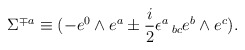
\begin{align*}\Sigma^{{\mp}a} \equiv (-e^{0}\wedge e^{a} \pm {i \over 2}\epsilon^a\,_{bc}e^b \wedge e^c).\end{align*}